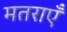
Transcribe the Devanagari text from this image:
मतराएँ